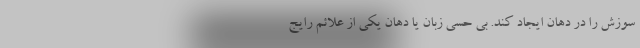
سوزش را در دهان ایجاد کند. بی حسی زبان یا دهان یکی از علائم رایج